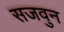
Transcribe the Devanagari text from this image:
सजवुन